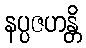
နပ္ပဇဟန္တိ